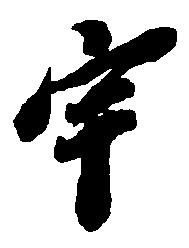
宇